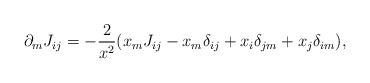
\begin{align*}\partial_m J_{ij} = - \frac{2}{x^2} ( x_m J_{ij} - x_m \delta_{ij}+ x_i \delta_{jm} + x_j \delta_{im} ),\end{align*}